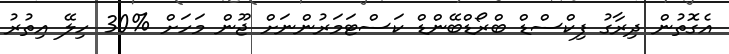
އެގޮތުން ދިރާގު ފިކްސްޑް ބްރޯޑްބޭންޑް ކަސްޓަމަރުންނަށް ޖޫން މަހަށް %30 ހިލޭ އިތުރު